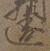
違